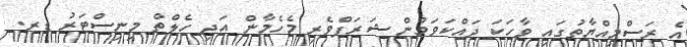
އެ ރަސްމިއްޔާތުގައި ވާހަކަ ދައްކަވަމުން ޝަރަފްވެރި މެހެމާން އަދި ހެލްތް މިނިސްޓަރު ޑރ.